Vital statistics of India. Vol. VI, European troops 1870-79
Year: 1870
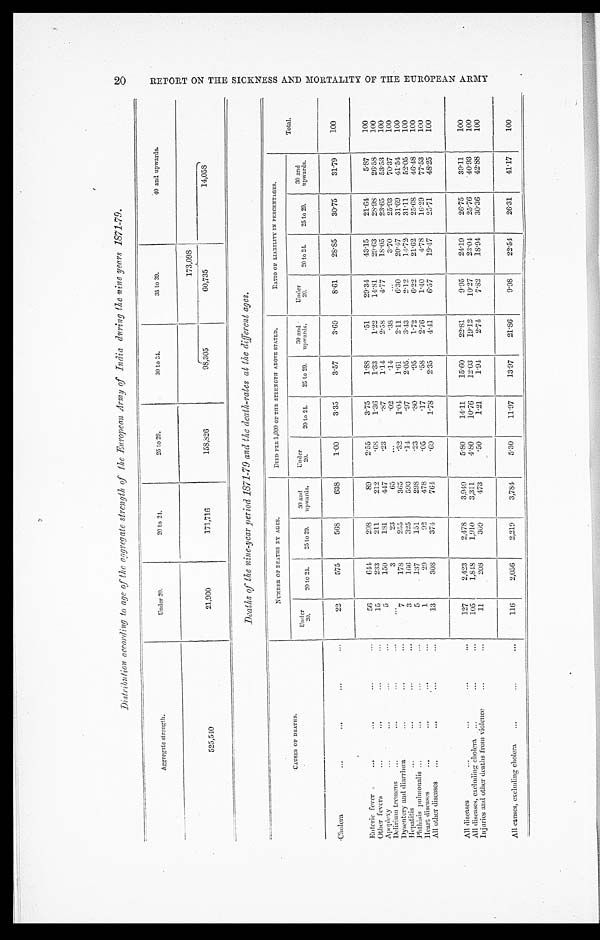
Distribution according to age of the aggregate strength of the European Army of India during the nine years 1871-79.
Aggregate strength.
Under 20.
20 to 24.
25 to 29.
30 to 34.
35 to 39.
40 and upwards.
173,098
525,540
21,900
171,716
158,826
98,305
60,735
14,058
Deaths of the nine-year period 1871-79 and the death-rates at the different ages.
C A U S E S O F D E A T H S .
NUMBER OF DEATHS BY AGES.
DIED PER 1,000 OF THE STRENGTH ABOVE STATED.
RATIO OF LIABILITY IN PERCENTAGES.
Total.
Under 20.
20 to 24.
25 to 29.
30 and
upwards.
Under 20.
20 to 24.
25 to 29.
30 and
upwards.
Under 20.
20 to 24.
25 to 29.
30 and
upwards.
Cholera
22
575
568
638
1.00
3.35
3.57
3.69
8.61
28.85
30.75
31.79
100
Enteric fever
56
644
298
89
2.55
3.75
1.88
.51
29.34
43.15
21.64
5.87
100
Other fevers
15
233
211
212
.68
1.36
1.33
1.22
14.81
29.63
28.98
26.58
100
Apoplexy
5
150
181
447
.23
.87
1.14
2.58
4.77
18.05
23.65
53.53
100
Delirium tremens
3
23
65
.02
.14
.38
3.70
25.93
70.37
100
Dysentery and diarrhœa
7
178
255
365
.32
1.04
1.61
2.11
6.30
20.47
31.69
41.54
100
Hepatitis
3
166
325
593
.14
.97
2.05
3.13
2.12
14.72
31.11
52.05
100
Phthisis pulmonalis
5
137
151
298
.23
. 8 0
.95
1.72
6.22
21.62
25.68
46.48
100
Heart diseases
1
29
92
478
.05
.17
.58
2.76
1.40
4.78
16.29
77.53
100
All other diseases
13
308
374
764
.60
1.78
2.35
4.41
6.57
19.47
25.71
48.25
100
All diseases
127
2,423
2,478
3,949
5.80
14.11
15.60
22.81
9.95
24.19
26.75
39.11
100
All diseases, excluding cholera
105
1,848
1,910
3,311
4.80
10.76
12.03
19.12
10.27
23.04
25.76
40.93
100
Injuries and other deaths from violence
11
208
309
473
.50
1.21
1.94
2.74
7.82
18.94
30.36
42.88
100
All causes, excluding cholera
116
2,056
2,219
3,784
5.30
11.97
13.97
21.86
9.98
22.54
26. 31
41.17
100
R E P O R T O N T H E S I C K N E S S A N D M O R T A L I T Y O F T H E E U R O P E A N A R M Y